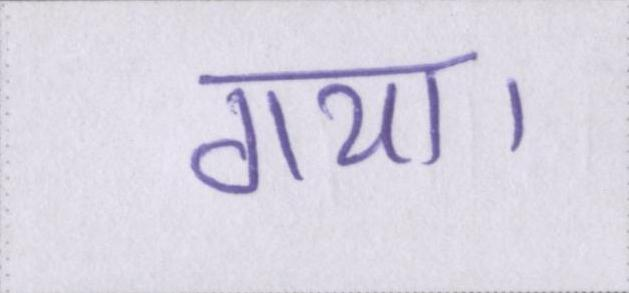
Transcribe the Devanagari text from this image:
गया।